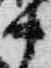
中